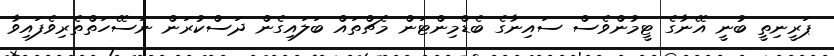
ޕަރީނިތީ ބުނީ އޭނާގެ ޓީމުންވެސް ސައިނާގެ ބެޑްމިންޓަން މެޗްތައް ބަލައިގެން ދަސްކުރަން ނަސޭހަތްތެރިވެފައިވާ